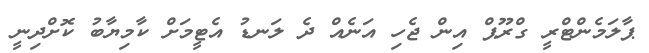
ޕާލަމެންޓްރީ ގްރޫޕް އިން ޖެހި އަނެއް ދެ ލަނޑު އެޓީމަށް ކާމިޔާބު ކޮށްދިނީ